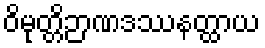
ဝိမုတ္တိဉာဏဒဿနတ္ထာယ